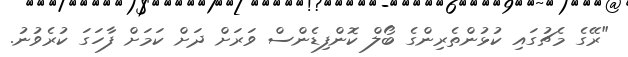
"ރޭގެ މެޗުގައި ކުޅުންތެރިންގެ ބޯލް ކޮންފިޑެންސް ވަރަށް ދަށް ކަމަށް ފާހަގަ ކުރެވުނު.